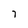
Character: 7